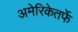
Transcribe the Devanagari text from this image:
अमेरिकेतर्फे